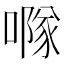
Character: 𠾕